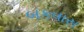
બકવાસ